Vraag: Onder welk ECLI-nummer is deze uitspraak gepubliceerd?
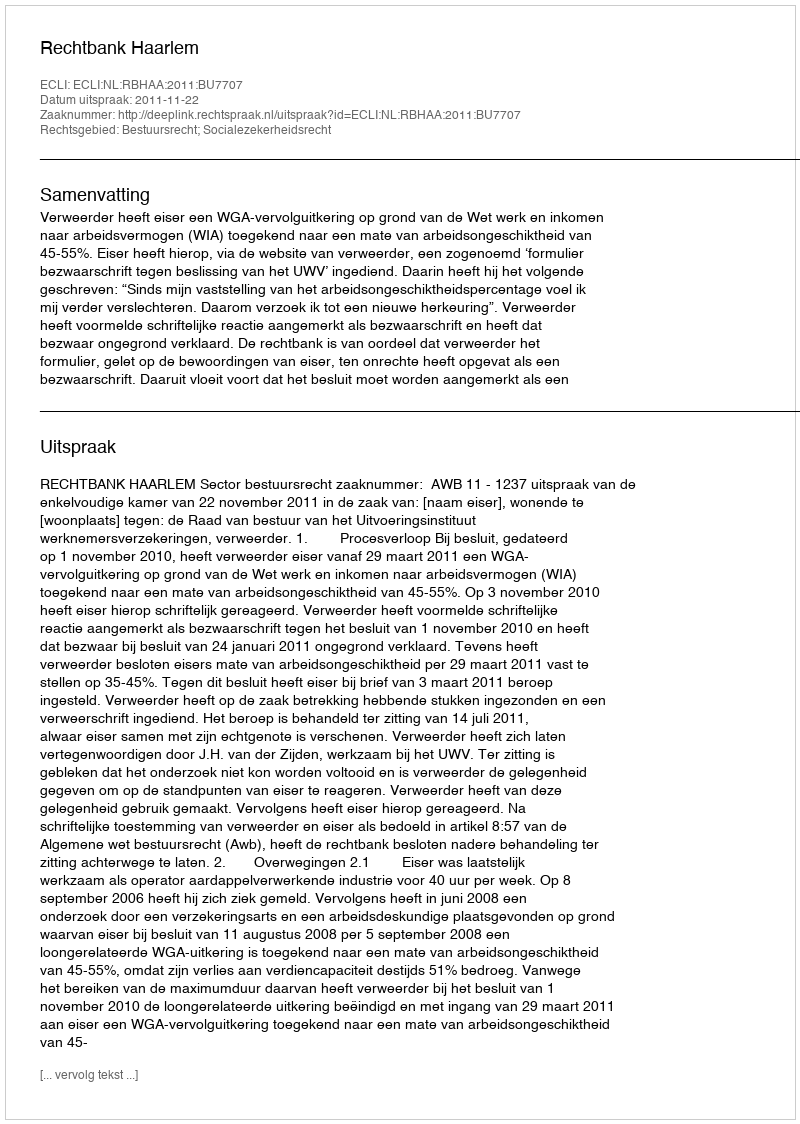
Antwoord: ECLI:NL:RBHAA:2011:BU7707